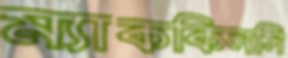
ম্যাককিনসি